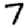
Digit: 7